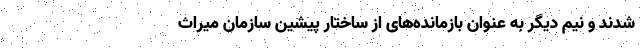
شدند و نیم دیگر به عنوان بازمانده‌های از ساختار پیشین سازمان میراث